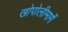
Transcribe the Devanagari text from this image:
खोपोलीमार्गे